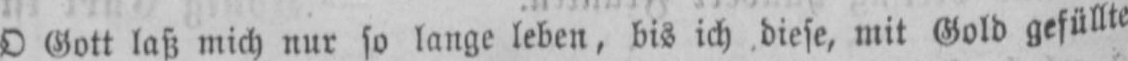
O Gott laß mich nur so lange leben, bis ich diese, mit Gold gefüllte